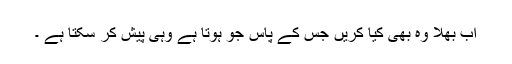
اب بھلا وہ بھی کیا کریں جس کے پاس جو ہوتا ہے وہی پیش کر سکتا ہے ۔